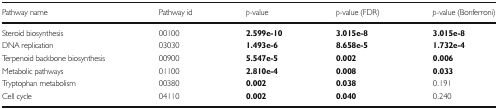
<table><thead><tr><td><b>Pathway name</b></td><td><b>Pathway id</b></td><td><b><i>p</i>-value</b></td><td><b><i>p</i>-value (FDR)</b></td><td><b><i>p</i>-value (Bonferroni)</b></td></tr></thead><tbody><tr><td>Steroid biosynthesis</td><td>00100</td><td><b>2.599e-10</b></td><td><b>3.015e-8</b></td><td><b>3.015e-8</b></td></tr><tr><td>DNA replication</td><td>03030</td><td><b>1.493e-6</b></td><td><b>8.658e-5</b></td><td><b>1.732e-4</b></td></tr><tr><td>Terpenoid backbone biosynthesis</td><td>00900</td><td><b>5.547e-5</b></td><td><b>0.002</b></td><td><b>0.006</b></td></tr><tr><td>Metabolic pathways</td><td>01100</td><td><b>2.810e-4</b></td><td><b>0.008</b></td><td><b>0.033</b></td></tr><tr><td>Tryptophan metabolism</td><td>00380</td><td><b>0.002</b></td><td><b>0.038</b></td><td>0.191</td></tr><tr><td>Cell cycle</td><td>04110</td><td><b>0.002</b></td><td><b>0.040</b></td><td>0.240</td></tr></tbody></table>